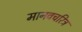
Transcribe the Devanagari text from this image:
मानवचरित्र